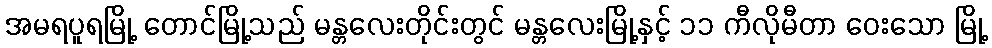
အမရပူရမြို့ တောင်မြို့သည် မန္တလေးတိုင်းတွင် မန္တလေးမြို့နှင့် ၁၁ ကီလိုမီတာ ဝေးသော မြို့